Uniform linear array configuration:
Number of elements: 16
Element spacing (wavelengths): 1
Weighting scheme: kaiser
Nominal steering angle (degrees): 60
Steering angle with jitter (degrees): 61.587
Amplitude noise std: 0.05
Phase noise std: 0.05

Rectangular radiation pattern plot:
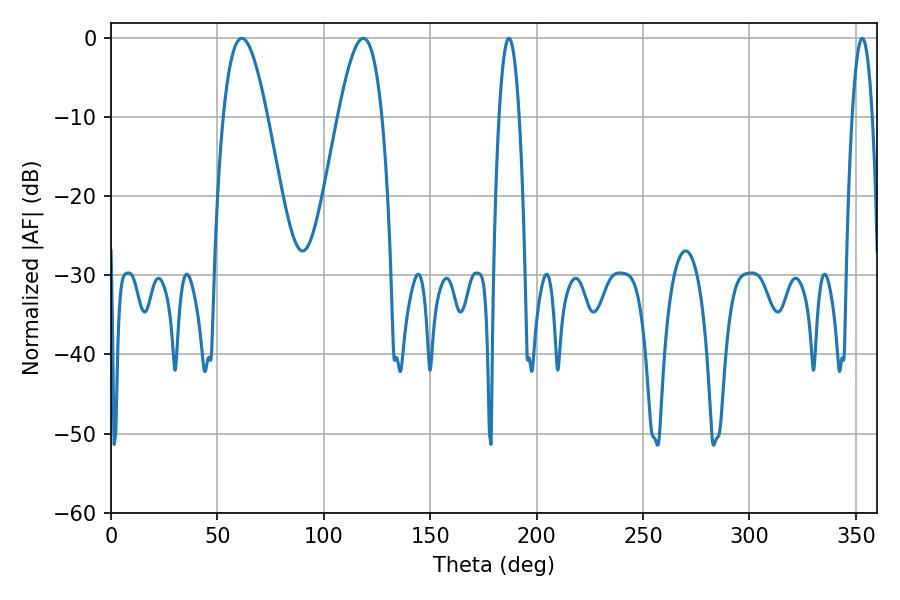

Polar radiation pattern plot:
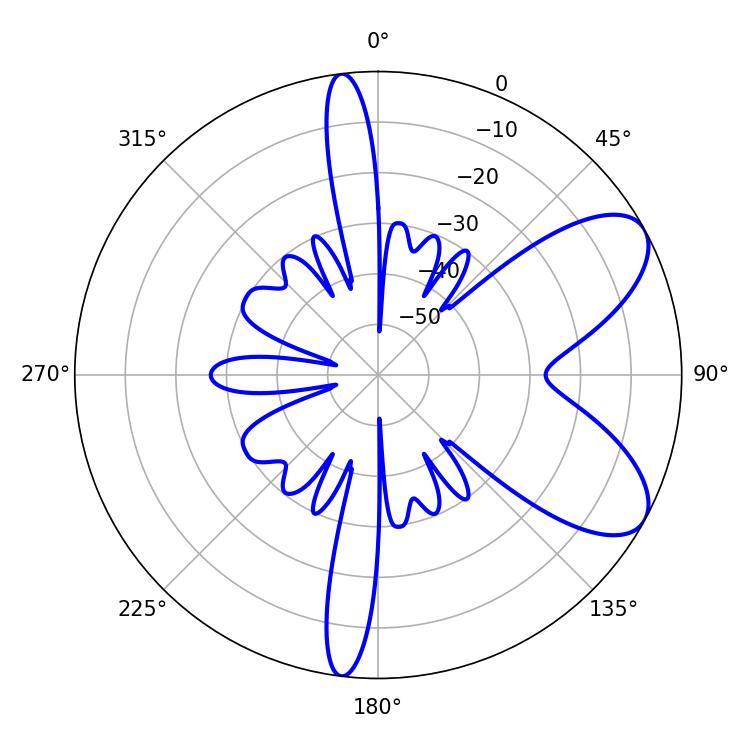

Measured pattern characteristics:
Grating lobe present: TRUE
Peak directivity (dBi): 7.54
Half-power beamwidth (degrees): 11.16
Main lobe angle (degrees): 61.38